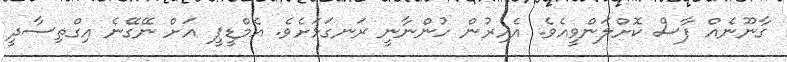
ގާނޫނެއް ފާސް ކޮށްލަންވީއެވެ. އެއިރުން ހުންނާނީ ރަނގަޅަށެވެ. އެމްޑީޕީ އަށް ނޭގޭނެ އިގްތިސާދީ